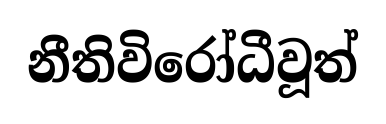
නීතිවිරෝධීවූත්